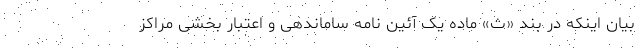
بیان اینکه در بند «ث» ماده یک آئین نامه ساماندهی و اعتبار بخشی مراکز